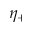
\eta _ { + }